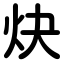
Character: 炔